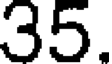
35.